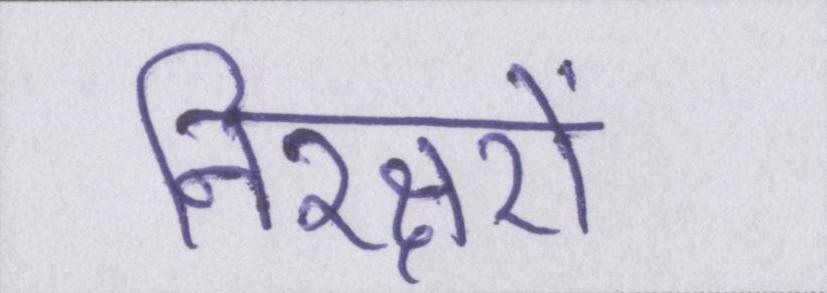
निरक्षरों